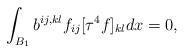
LaTeX: \begin{align*}\int_{B_{1}}{b}^{ij,kl}f_{ij}[\tau^{4}f]_{kl}dx=0, \end{align*}